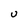
Character: U